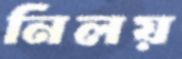
নিলয়